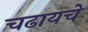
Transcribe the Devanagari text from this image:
चढायचे